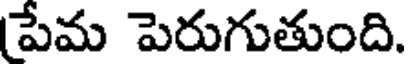
పేమ పెరుగుతుంది.